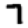
Digit: 7